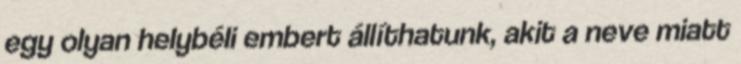
egy olyan helybéli embert állíthatunk, akit a neve miatt